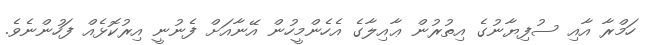
ހަމްރާ އާއި ސުފިޔާނުގެ އިތުރުން ޢާއިލާގެ އެހެންމީހުން އޭނާއަށް ފެނުނީ އިރުކޮޅެއް ފަހުންނެވެ.